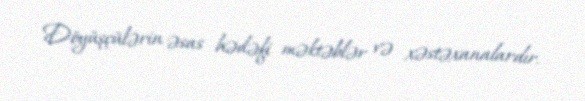
Döyüşçülərin əsas hədəfi məktəblər və xəstəxanalardır.